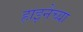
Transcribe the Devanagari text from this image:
हाइनेच्या